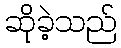
ဆိုခဲ့သည်